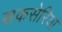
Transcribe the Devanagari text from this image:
सकसेरिया